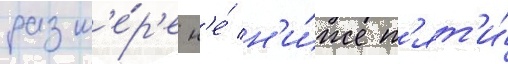
разм'е́р'е н'е́ н'и́же п'ят'и́